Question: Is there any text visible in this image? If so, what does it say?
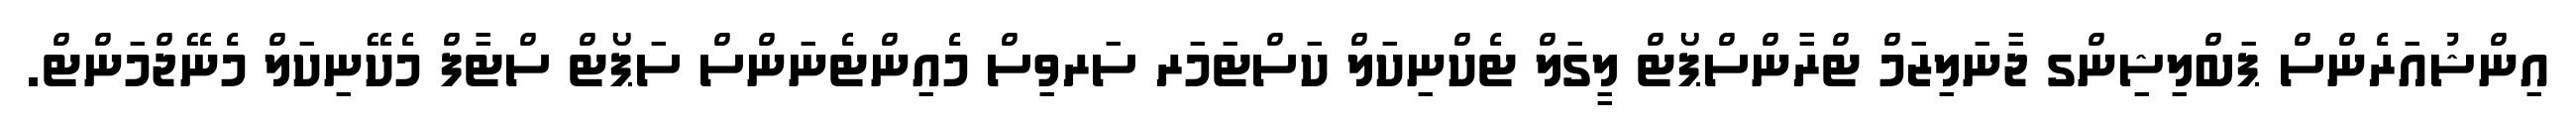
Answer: އިންޝުއަރެންސް ޕަބްލިޝިންގ ޖާނަލިޒަމް ޓްރާންސްޕޯޓް ލީގަލް ޓެކްނިކަލް ކަސްޓަމަރ ސަރވިސް މެއިންޓެނަންސް ސަޕޯޓް ސްޓާފް މެކޭނިކަލް މެނޭޖްމަންޓް.